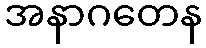
အနာဂတေန